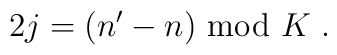
2j=(n^\prime -n ){}~{\rm mod}{}~K{}~.